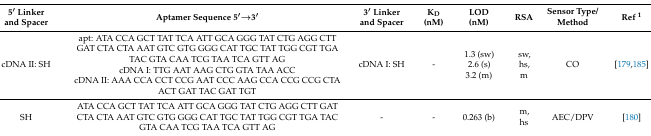
<table><thead><tr><td><b>5′ Linker and Spacer</b></td><td><b>Aptamer Sequence 5′→3′</b></td><td><b>3′ Linker and Spacer</b></td><td><b>K<sub>D</sub>(nM)</b></td><td><b>LOD(nM)</b></td><td><b>RSA</b></td><td><b>Sensor Type/Method</b></td><td><b>Ref <sup>1</sup></b></td></tr></thead><tbody><tr><td>cDNA II: SH</td><td>apt: ATA CCA GCT TAT TCA ATT GCA GGG TAT CTG AGG CTT GAT CTA CTA AAT GTC GTG GGG CAT TGC TAT TGG CGT TGA TAC GTA CAA TCG TAA TCA GTT AGcDNA I: TTG AAT AAG CTG GTA TAA ACCcDNA II: AAA CCA CCT CCG AAT CCC AAG CCA CCG CCG CTA ACT GAT TAC GAT TGT</td><td>cDNA I: SH</td><td>-</td><td>1.3 (sw)2.6 (s)3.2 (m)</td><td>sw,hs,m</td><td>CO</td><td>[179,185]</td></tr><tr><td>SH</td><td>ATA CCA GCT TAT TCA ATT GCA GGG TAT CTG AGG CTT GAT CTA CTA AAT GTC GTG GGG CAT TGC TAT TGG CGT TGA TAC GTA CAA TCG TAA TCA GTT AG</td><td>-</td><td>-</td><td>0.263 (b)</td><td>m,hs</td><td>AEC/DPV</td><td>[180]</td></tr></tbody></table>